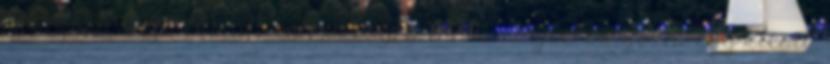
Atkinson-diéta A múlt héten leugrottam Dubajba dolgozni egy kicsit.